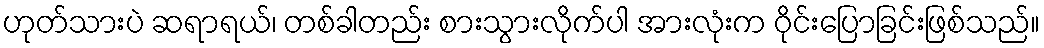
ဟုတ်သားပဲ ဆရာရယ်၊ တစ်ခါတည်း စားသွားလိုက်ပါ အားလုံးက ဝိုင်းပြောခြင်းဖြစ်သည်။